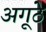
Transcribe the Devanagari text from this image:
अगूठे